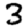
Digit: 3